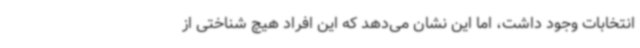
انتخابات وجود داشت، اما این نشان می‌دهد که این افراد هیچ شناختی از